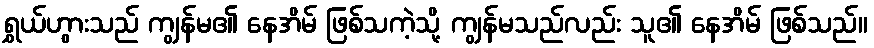
ရွှယ်ဟွားသည် ကျွန်မ၏ နေအိမ် ဖြစ်သကဲ့သို့ ကျွန်မသည်လည်း သူ၏ နေအိမ် ဖြစ်သည်။